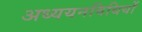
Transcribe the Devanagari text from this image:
अध्ययनविधियों